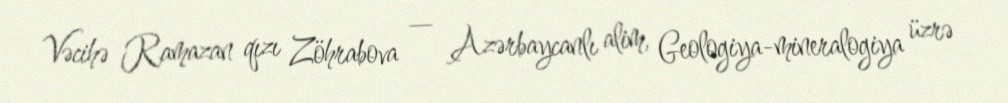
Vəcihə Ramazan qızı Zöhrabova — Azərbaycanlı alim, Geologiya-mineralogiya üzrə